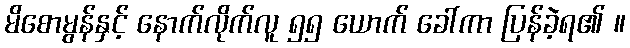
မိစောမွန်နှင့် နောက်လိုက်လူ ၅၅ ယောက် ခေါ်ကာ ပြန်ခဲ့ရ၏ ။